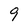
Character: 9